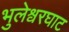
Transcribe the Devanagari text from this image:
भुलेश्वरघाट